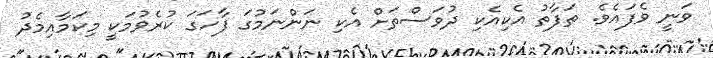
ވަނީ ވެފައެވެ. ތަފާތު އެކިއެކި ދުވަސްތަށް އެކި ނަންނަމުގަ ފާހަގަ ކުރެވުމަކީ މިކަމާއިމެދު